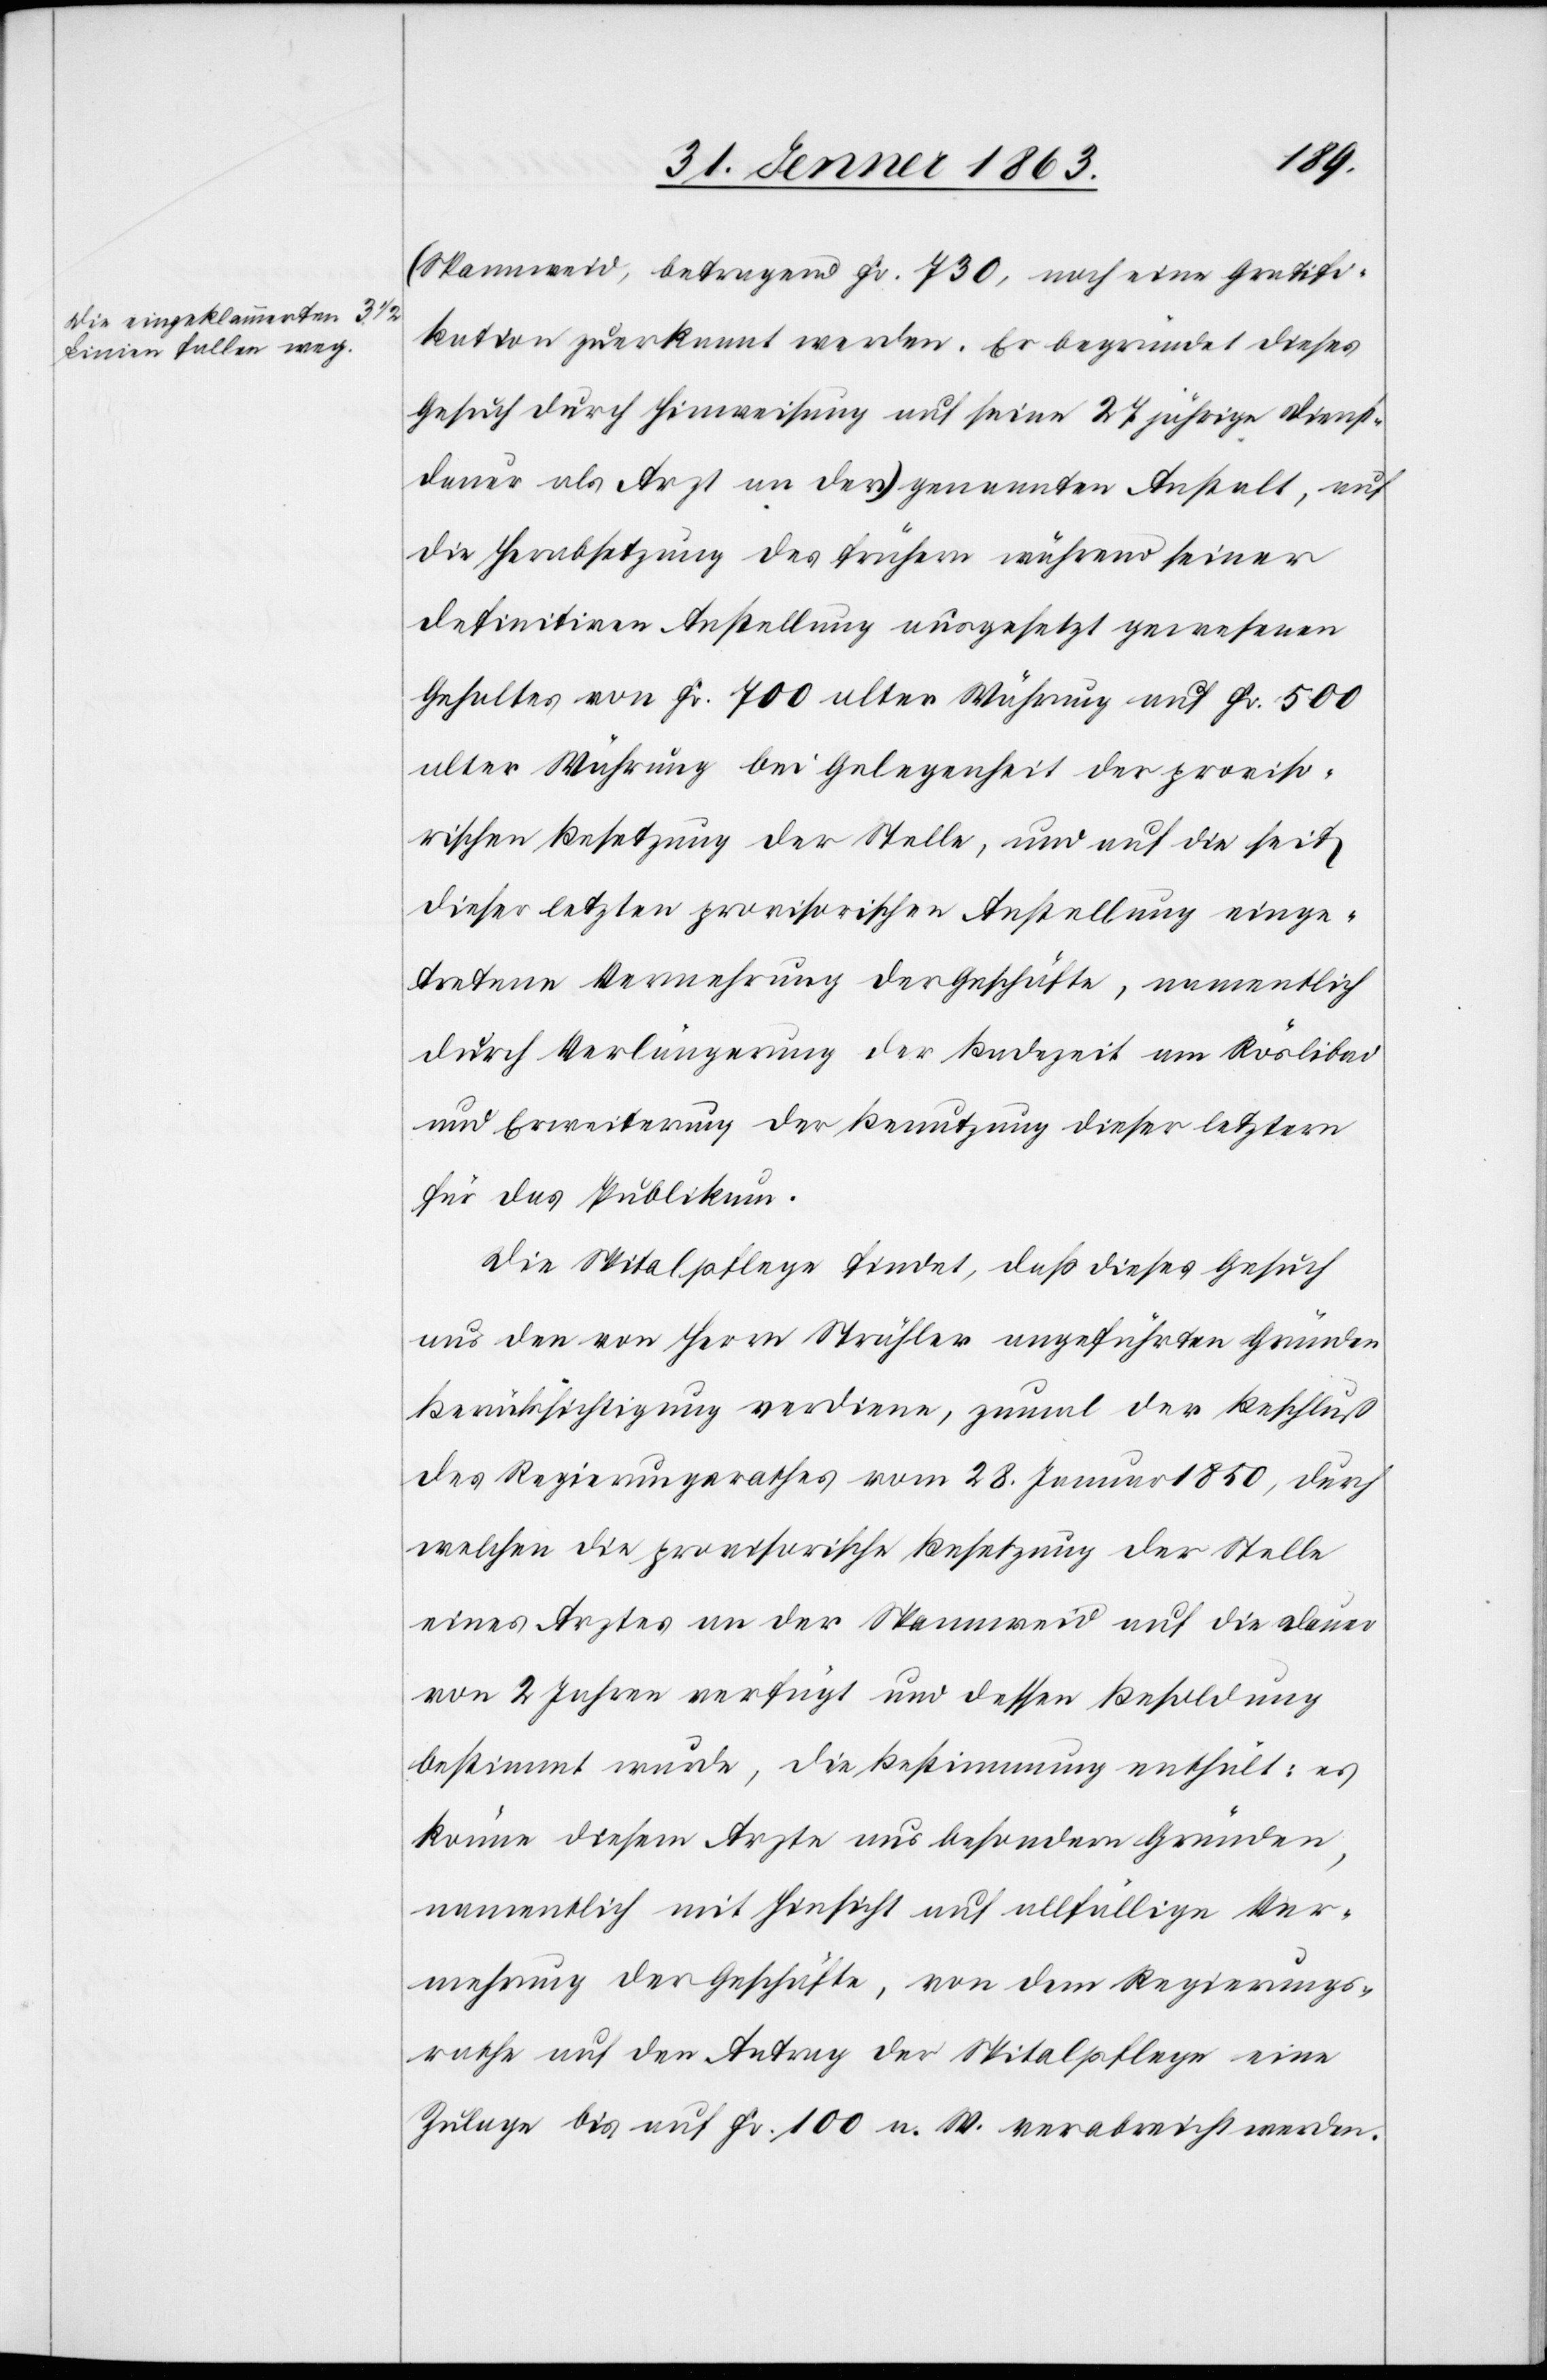
(Spannweid, betragend Fr. 730, noch eine Gratifi¬
kation zuerkannt werden. Er begründet dieses
Gesuch durch Hinweisung auf seine 27 Jährige Dienst¬
dauer als Arzt an der) a-die eingeklammerten 3 ½ Linien
die Herabsetzung des frühern während seiner
definitiven Anstellung ausgesetzt gewesenen
Gehaltes von Fr. 700 alter Währung auf Fr. 500
alter Währung bei Gelegenheit der proviso¬
rischen Besetzung der Stelle, und auf die seit
dieser letzten provisorischen Anstellung einge¬
tretenen Vermehrung der Geschäfte, namentlich
durch Verlängerung der Badezeit am Röslibad
und Erweiterung der Benutzung dieser letztern
für das Publikum.
Die Spitalpflege findet, daß dieses Gesuch
aus den von Herrn Strähler angeführten Gründen
Berücksichtigung verdiene, zumal der Beschluß
des Regierungsrathes vom 28. Januar 1850, durch
welchen die provisorische Besetzung der Stelle
eines Arztes an der Spannweid auf die Dauer
von 2 Jahren verfügt und dessen Besoldung
bestimmt wurde, die Bestimmung enthält: es
könne diesem Arzte aus besondern Gründen,
namentlich mit Hinsicht auf allfällige Ver¬
mehrung der Geschäfte, von dem Regierungs¬
rathe auf den Antrag der Spitalpflege eine
Zulage bis auf Fr. 100 n. W. verabreicht werden.